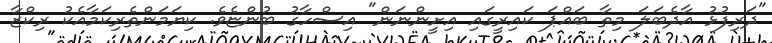
"ދަރިފުޅު އާދެބަލަ މިތާ ބައްޕަ ކައިރީގައި އިށީންނަން" އިސްހާގު ބުންޏެވެ. ކިޔަމަންތެރިކަމާއެކު ރިކްޒާ